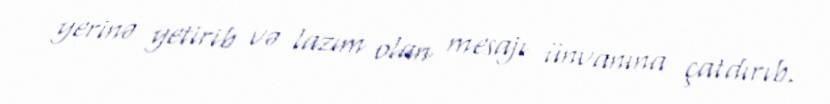
yerinə yetirib və lazım olan mesajı ünvanına çatdırıb.